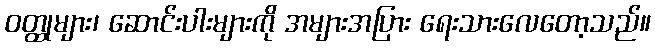
ဝတ္ထုများ၊ ဆောင်းပါးများကို အများအပြား ရေးသားလေတော့သည်။